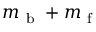
m _ { \mathrm { ~ b ~ } } + m _ { \mathrm { ~ f ~ } }